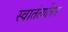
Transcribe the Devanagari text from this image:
स्वातंर्त्योत्तर